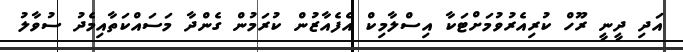
އަދި ދީނީ ރޫހް ކުރިއެރުވުމަށްޓަކާ އިސްލާމިކް އެފެއާޒުން ކުރަމުން ގެންދާ މަސައްކަތާއިމެދު ސުވާލު